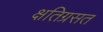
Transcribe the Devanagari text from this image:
क्षतिग्रसत